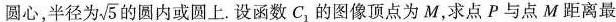
圆心，半径为\sqrt{5} 的圆内或圆上。设函数C_{1}的图像顶点为M，求点P与点M距离最